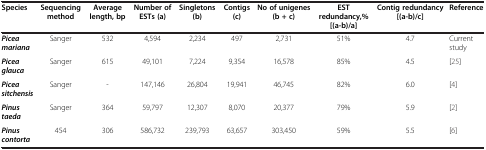
| Species | Sequencing method | Average length, bp | Number of ESTs (a) | Singletons (b) | Contigs (c) | No of unigenes (b + c) | EST redundancy,% [(a-b)/a] | Contig redundancy [(a-b)/c] | Reference |
 | --- | --- | --- | --- | --- | --- | --- | --- | --- | --- |
 | Picea mariana | Sanger | 532 | 4,594 | 2,234 | 497 | 2,731 | 51% | 4.7 | Current study |
 | Picea glauca | Sanger | 615 | 49,101 | 7,224 | 9,354 | 16,578 | 85% | 4.5 | [25] |
 | Picea sitchensis | Sanger | - | 147,146 | 26,804 | 19,941 | 46,745 | 82% | 6.0 | [4] |
 | Pinus taeda | Sanger | 364 | 59,797 | 12,307 | 8,070 | 20,377 | 79% | 5.9 | [2] |
 | Pinus contorta | 454 | 306 | 586,732 | 239,793 | 63,657 | 303,450 | 59% | 5.5 | [6] |